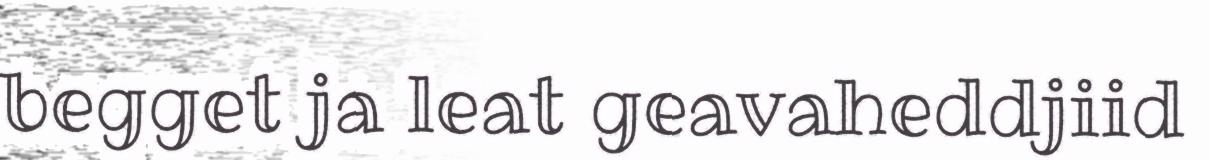
begget ja leat geavaheddjiid